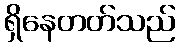
ရှိနေတတ်သည်